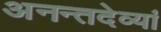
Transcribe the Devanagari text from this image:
अनन्तदेव्यां